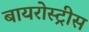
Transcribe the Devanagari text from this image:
बायरोस्ट्रीस